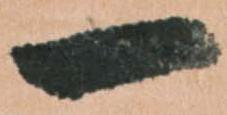
一